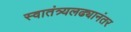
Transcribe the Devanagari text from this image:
स्वातंत्र्यलढ्यानंतर